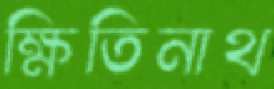
ক্ষিতিনাথ